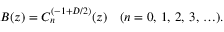
B ( z ) = C _ { n } ^ { ( - 1 + D / 2 ) } ( z ) \quad ( n = 0 , \, 1 , \, 2 , \, 3 , \, \ldots ) .